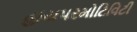
હાયપરમોટિવિટી